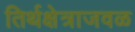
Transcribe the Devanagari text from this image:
तिर्थक्षेत्राजवळ